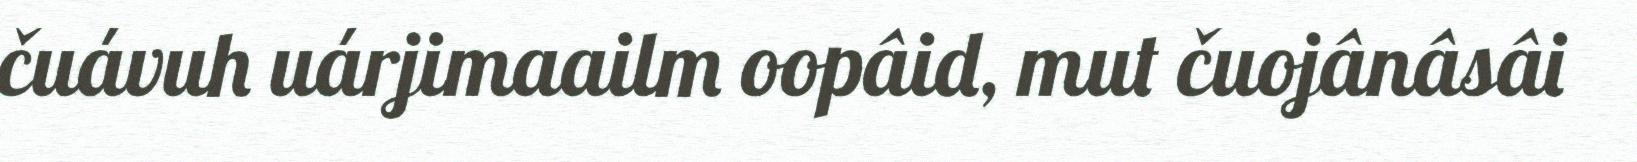
čuávuh uárjimaailm oopâid, mut čuojânâsâi